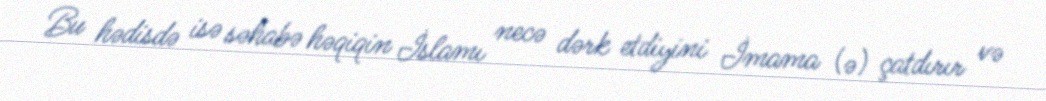
Bu hədisdə isə səhabə həqiqin İslamı necə dərk etdiyini İmama (ə) çatdırır və